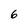
Character: 6